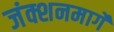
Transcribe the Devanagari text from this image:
जंक्शनमार्गे